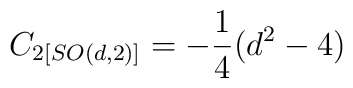
C_{2\left[ SO(d,2)\right] }=-\frac{1}{4}(d^{2}-4)